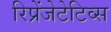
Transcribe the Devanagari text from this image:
रिप्रेंजेटेटिव्स